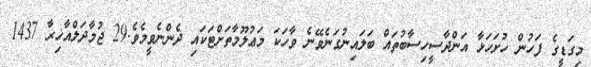
މިގަޑީގެ ފަހުން ހުށަހަޅާ އަންދާސީހިސާބުތައް ބަލައިނުގަނެވޭނެ ވާހަކަ މަޢުލޫމާތަށްޓަކައި ދެންނެވީމެވެ.29 ޖުމާދަލްއާޚިރާ 1437